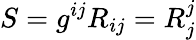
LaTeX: S=g^{ij}R_{ij}=R_{j}^{j}